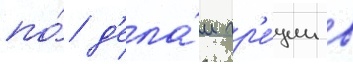
по́ д'ела́м гр'е́ции в